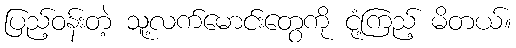
ပြည့်ဝန်းတဲ့ သူ့လက်မောင်းတွေကို ငုံ့ကြည့် မိတယ်။